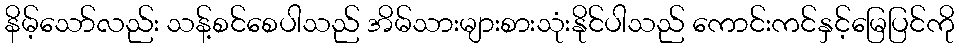
နိမ့်သော်လည်း သန့်စင်စေပါသည် အိမ်သားများစားသုံးနိုင်ပါသည် ကောင်းကင်နှင့်မြေပြင်ကို